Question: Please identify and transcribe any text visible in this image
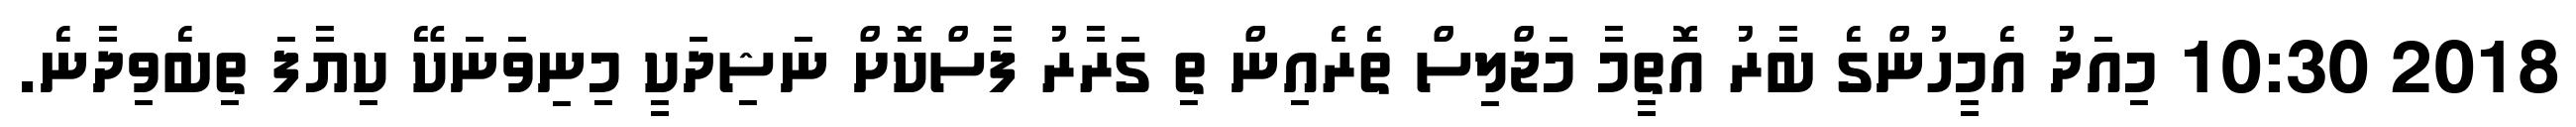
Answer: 2018 10:30 މިއަދު އެމީހުންގެ ބާރު އޮތީމާ މަޖްލިސް ތެރެއިން ތި ގަރާރު ފާސްކޮށް ނަޝިދަކީ މިނިވަނަކޭ ކިޔާފަ ތިބެވިދާނެ.